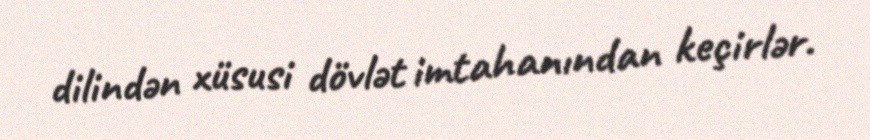
dilindən xüsusi dövlət imtahanından keçirlər.